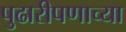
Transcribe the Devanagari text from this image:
पुढारीपणाच्या